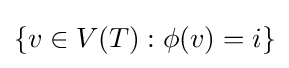
\{v\in V(T):\phi (v)=i\}